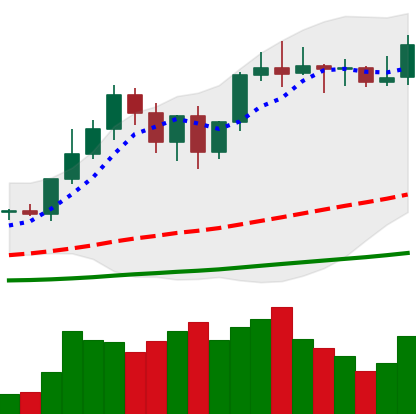
Ticker: LTC-USD
Chart end date: 2021-01-02
Forward return: 23.857%
Label: up_7plus